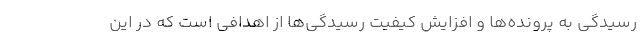
رسیدگی به پرونده‌ها و افزایش کیفیت رسیدگی‌ها از اهدافی است که در این